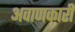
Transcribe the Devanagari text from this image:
अवाणकारी